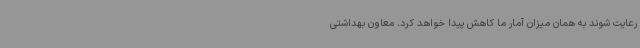
رعایت شوند به همان میزان آمار ما کاهش پیدا خواهد کرد. معاون بهداشتی